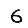
Digit: 6